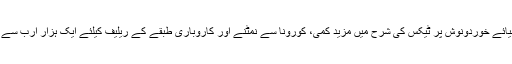
اس کے علاوہ آئندہ بجٹ میں بنیادی اشیائے خوردونوش پر ٹیکس کی شرح میں مزید کمی، کورونا سے نمٹنے اور کاروباری طبقے کے ریلیف کیلئے ایک ہزار ارب سے مختص کیے جانے کا بھی امکان ہے۔